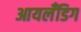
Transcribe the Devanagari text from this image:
आयलँडिग